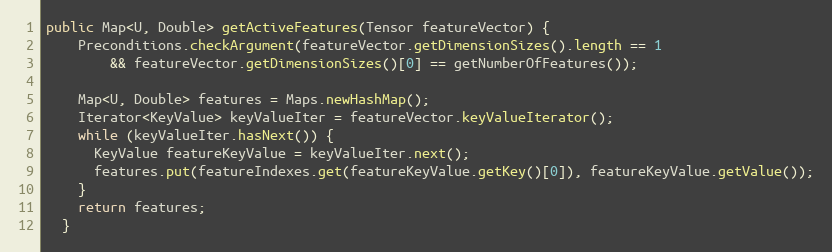
Language: Java
public Map<U, Double> getActiveFeatures(Tensor featureVector) {
    Preconditions.checkArgument(featureVector.getDimensionSizes().length == 1
        && featureVector.getDimensionSizes()[0] == getNumberOfFeatures());

    Map<U, Double> features = Maps.newHashMap();
    Iterator<KeyValue> keyValueIter = featureVector.keyValueIterator();
    while (keyValueIter.hasNext()) {
      KeyValue featureKeyValue = keyValueIter.next();
      features.put(featureIndexes.get(featureKeyValue.getKey()[0]), featureKeyValue.getValue());
    }
    return features;
  }